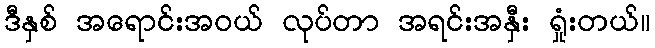
ဒီနှစ် အရောင်းအဝယ် လုပ်တာ အရင်းအနှီး ရှုံးတယ်။